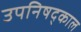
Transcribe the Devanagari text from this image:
उपनिषद्काल